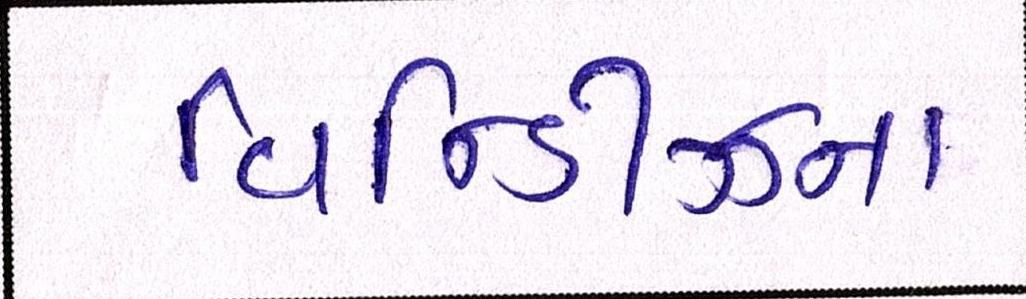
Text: વિન્ડીઝના